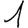
Digit: 1